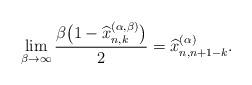
LaTeX: \begin{align*}\lim_{\beta\rightarrow\infty}\frac{\beta\big(1-\widehat{x}^{(\alpha,\beta)}_{n,k}\big)}{2}=\widehat{x}^{(\alpha)}_{n,n+1-k}.\end{align*}